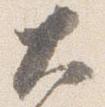
大